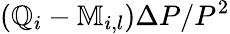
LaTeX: \left(\mathbb{Q}_{i}-\mathbb{M}_{i,l}\right)\Delta P/P^{2}